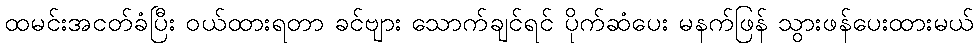
ထမင်းအငတ်ခံပြီး ဝယ်ထားရတာ ခင်ဗျား သောက်ချင်ရင် ပိုက်ဆံပေး မနက်ဖြန် သွားဖန်ပေးထားမယ်